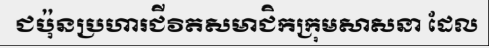
ជប៉ុនប្រហារជីវិតសមាជិកក្រុមសាសនា ដែល